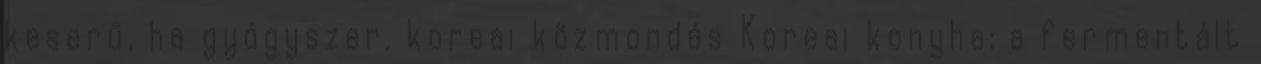
keserű, ha gyógyszer. koreai közmondás Koreai konyha: a fermentált